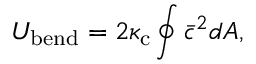
U _ { { \mathrm { b e n d } } } = 2 \kappa _ { \mathrm { c } } \oint \bar { c } ^ { 2 } d A ,